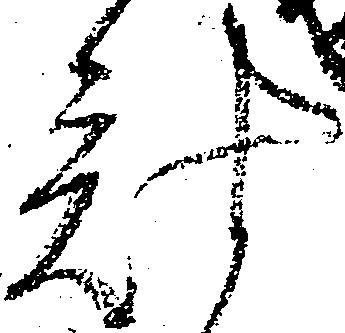
計